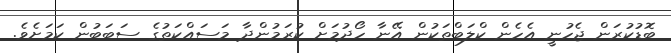
ބޮޑުކުރަން ޖެހުނީ އެހެން ކްލަބްތަކުން އޭނާ ހޯދުމަށް ކުރަމުންދާ މަސައްކަތުގެ ސަބަބުން ކަމަށެވެ.